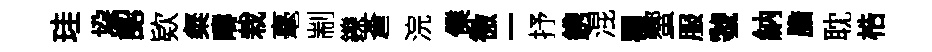
珪垜認欵粲疇栽毫剬鑠蒼浣㒒徼一抒鎸混瞿蠁服虢納膽耽梏